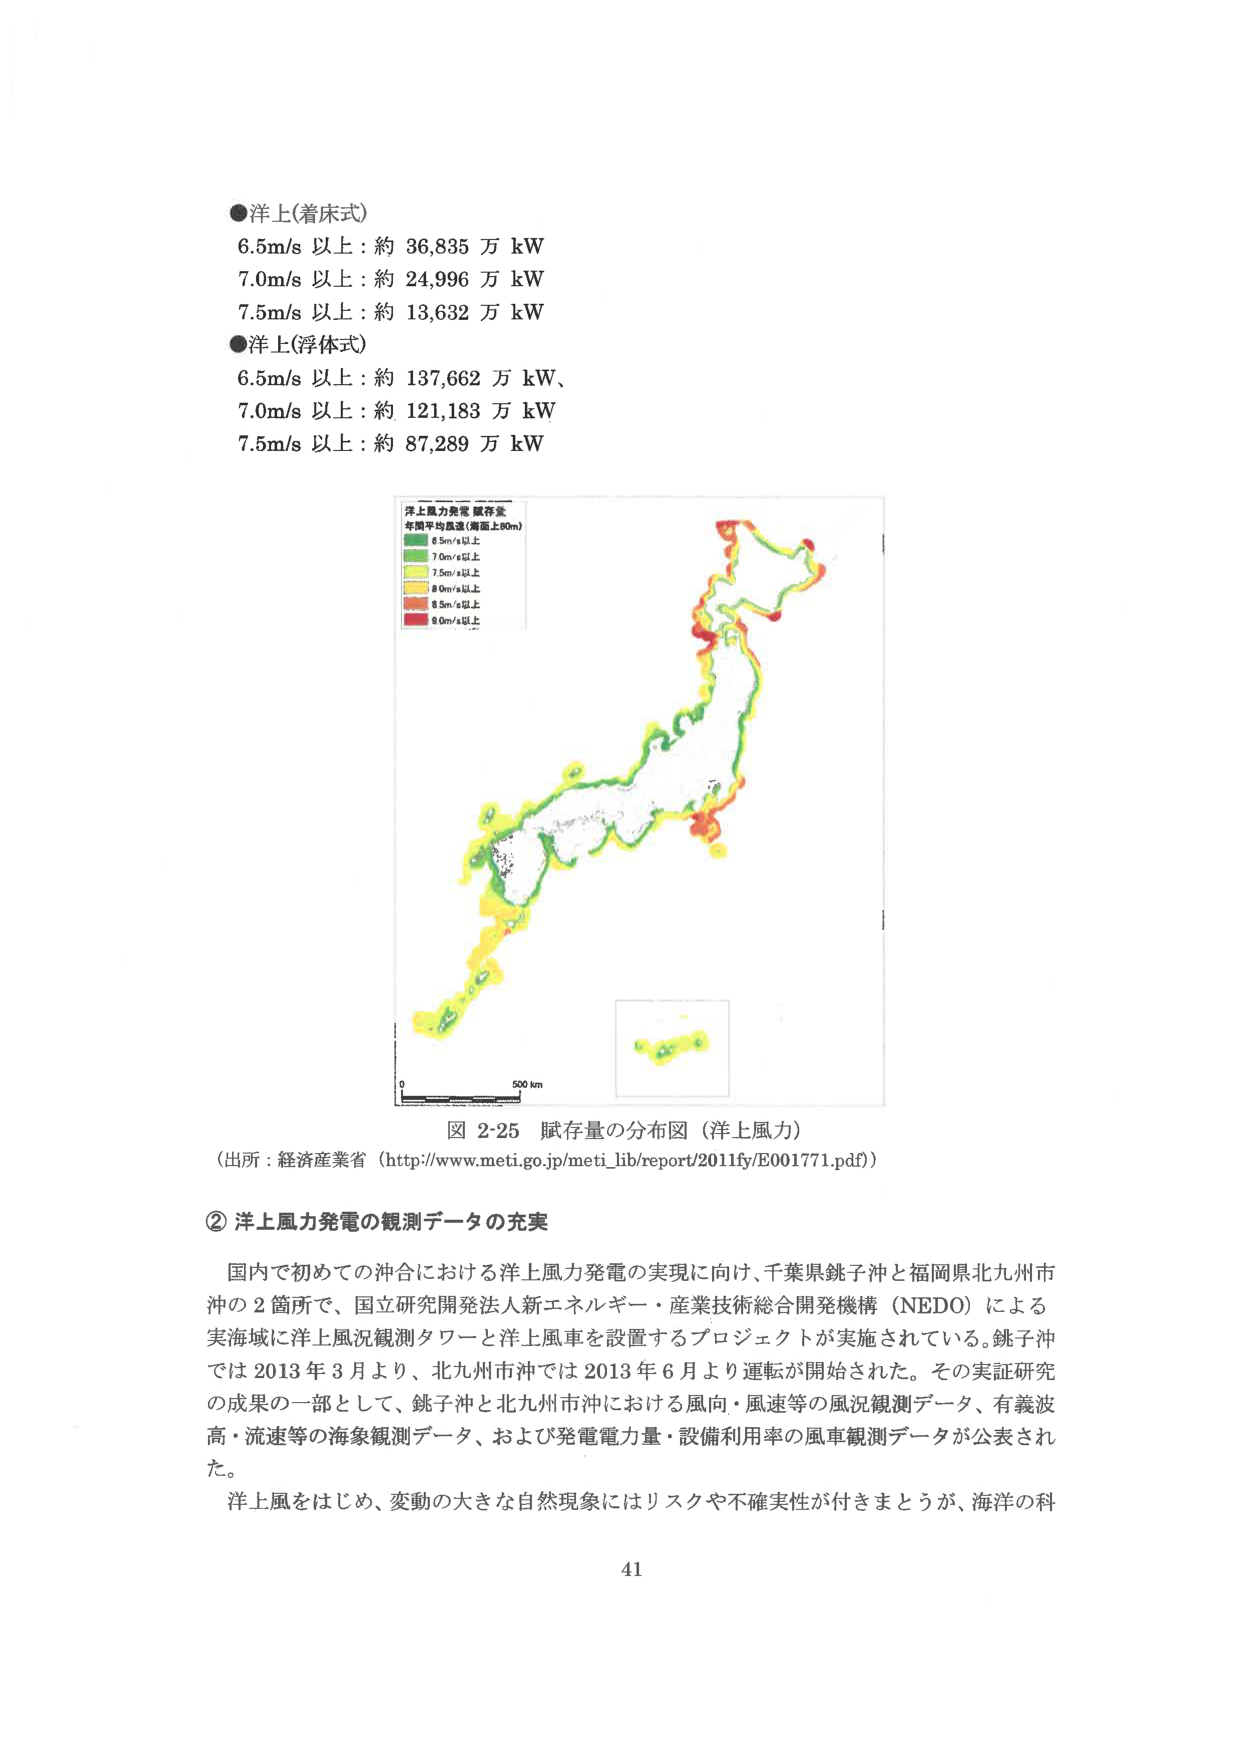
●洋上(着床式)
6.5m/s 以上：約 36,835 万 kW
7.0m/s 以上：約 24,996 万 kW
7.5m/s 以上：約 13,632 万 kW
●洋上(浮体式)
6.5m/s 以上：約 137,662 万 kW、
7.0m/s 以上：約 121,183 万 kW
7.5m/s 以上：約 87,289 万 kW

洋上風力発電 賦存量
年間平均風速（海面上80m）
6.5m/s以上
7.0m/s以上
7.5m/s以上
8.0m/s以上
8.5m/s以上
9.0m/s以上

0 500 km

図 2-25 賦存量の分布図（洋上風力）
（出所：経済産業省（http://www.meti.go.jp/meti_lib/report/2011fy/E001771.pdf））

② 洋上風力発電の観測データの充実

国内で初めての沖合における洋上風力発電の実現に向け、千葉県銚子沖と福岡県北九州市沖の2箇所で、国立研究開発法人新エネルギー・産業技術総合開発機構（NEDO）による実海域に洋上風況観測タワーと洋上風車を設置するプロジェクトが実施されている。銚子沖では2013年3月より、北九州市沖では2013年6月より運転が開始された。その実証研究の成果の一部として、銚子沖と北九州市沖における風向・風速等の風況観測データ、有義波高・流速等の海象観測データ、および発電電力量・設備利用率の風車観測データが公表された。

洋上風をはじめ、変動の大きな自然現象にはリスクや不確実性が付きまとうが、海洋の科

41